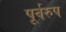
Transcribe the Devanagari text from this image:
पूर्वरुप